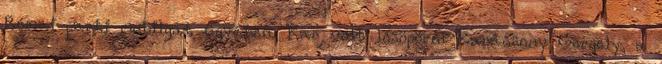
Római-parti mobilgát ügyében. Kár volt lesöpörni Karácsony Gergely, a